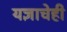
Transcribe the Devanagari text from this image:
यज्ञाचेही